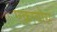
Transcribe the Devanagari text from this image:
एक्राबोस